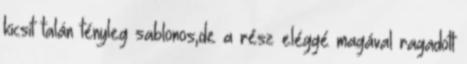
kicsit talán tényleg sablonos,de a rész eléggé magával ragadott